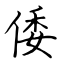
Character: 倭